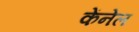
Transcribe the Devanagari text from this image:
केंनेल